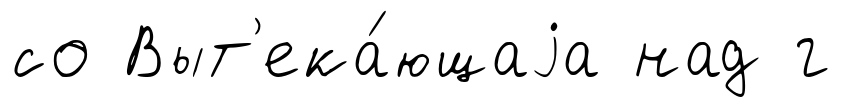
со Выт'ека́ющаjа над г